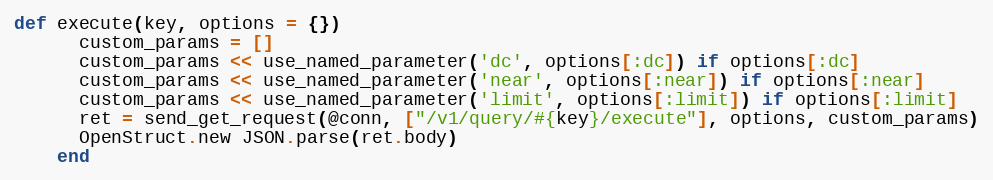
Language: Ruby
def execute(key, options = {})
      custom_params = []
      custom_params << use_named_parameter('dc', options[:dc]) if options[:dc]
      custom_params << use_named_parameter('near', options[:near]) if options[:near]
      custom_params << use_named_parameter('limit', options[:limit]) if options[:limit]
      ret = send_get_request(@conn, ["/v1/query/#{key}/execute"], options, custom_params)
      OpenStruct.new JSON.parse(ret.body)
    end